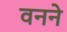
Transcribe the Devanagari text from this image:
वनने